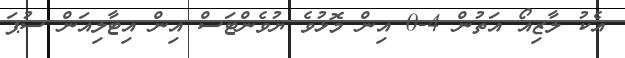
އެކު ލާޒިއޯ އަތުން 4-0 އިން މޮޅުވެ ޔުވެންޓަސް އިން އިޓާލިއަން ސުޕަ